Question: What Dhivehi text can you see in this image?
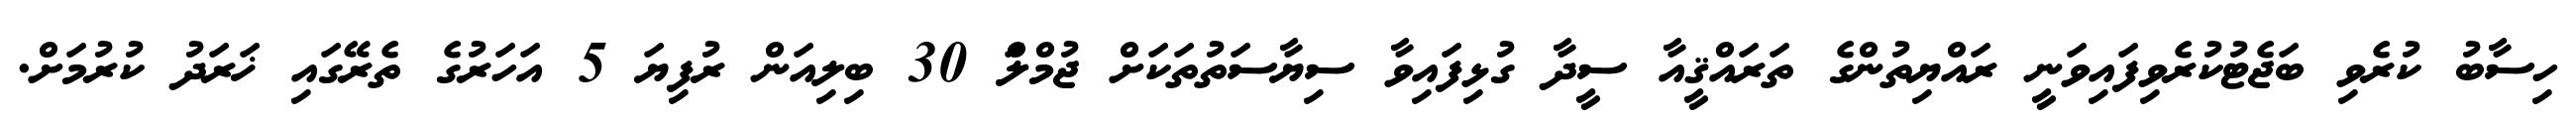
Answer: ހިސާބު ކުރެވި ބަޖެޓުކުރެވިފައިވަނީ ރައްޔިތުންގެ ތަރައްޤީއާ ސީދާ ގުޅިފައިވާ ސިޔާސަތުތަކަށް ޖުމްލަް 30 ބިލިއަން ރުފިޔަ 5 އަހަރުގެ ތެރޭގައި ޚަރަދު ކުރުމަށް.